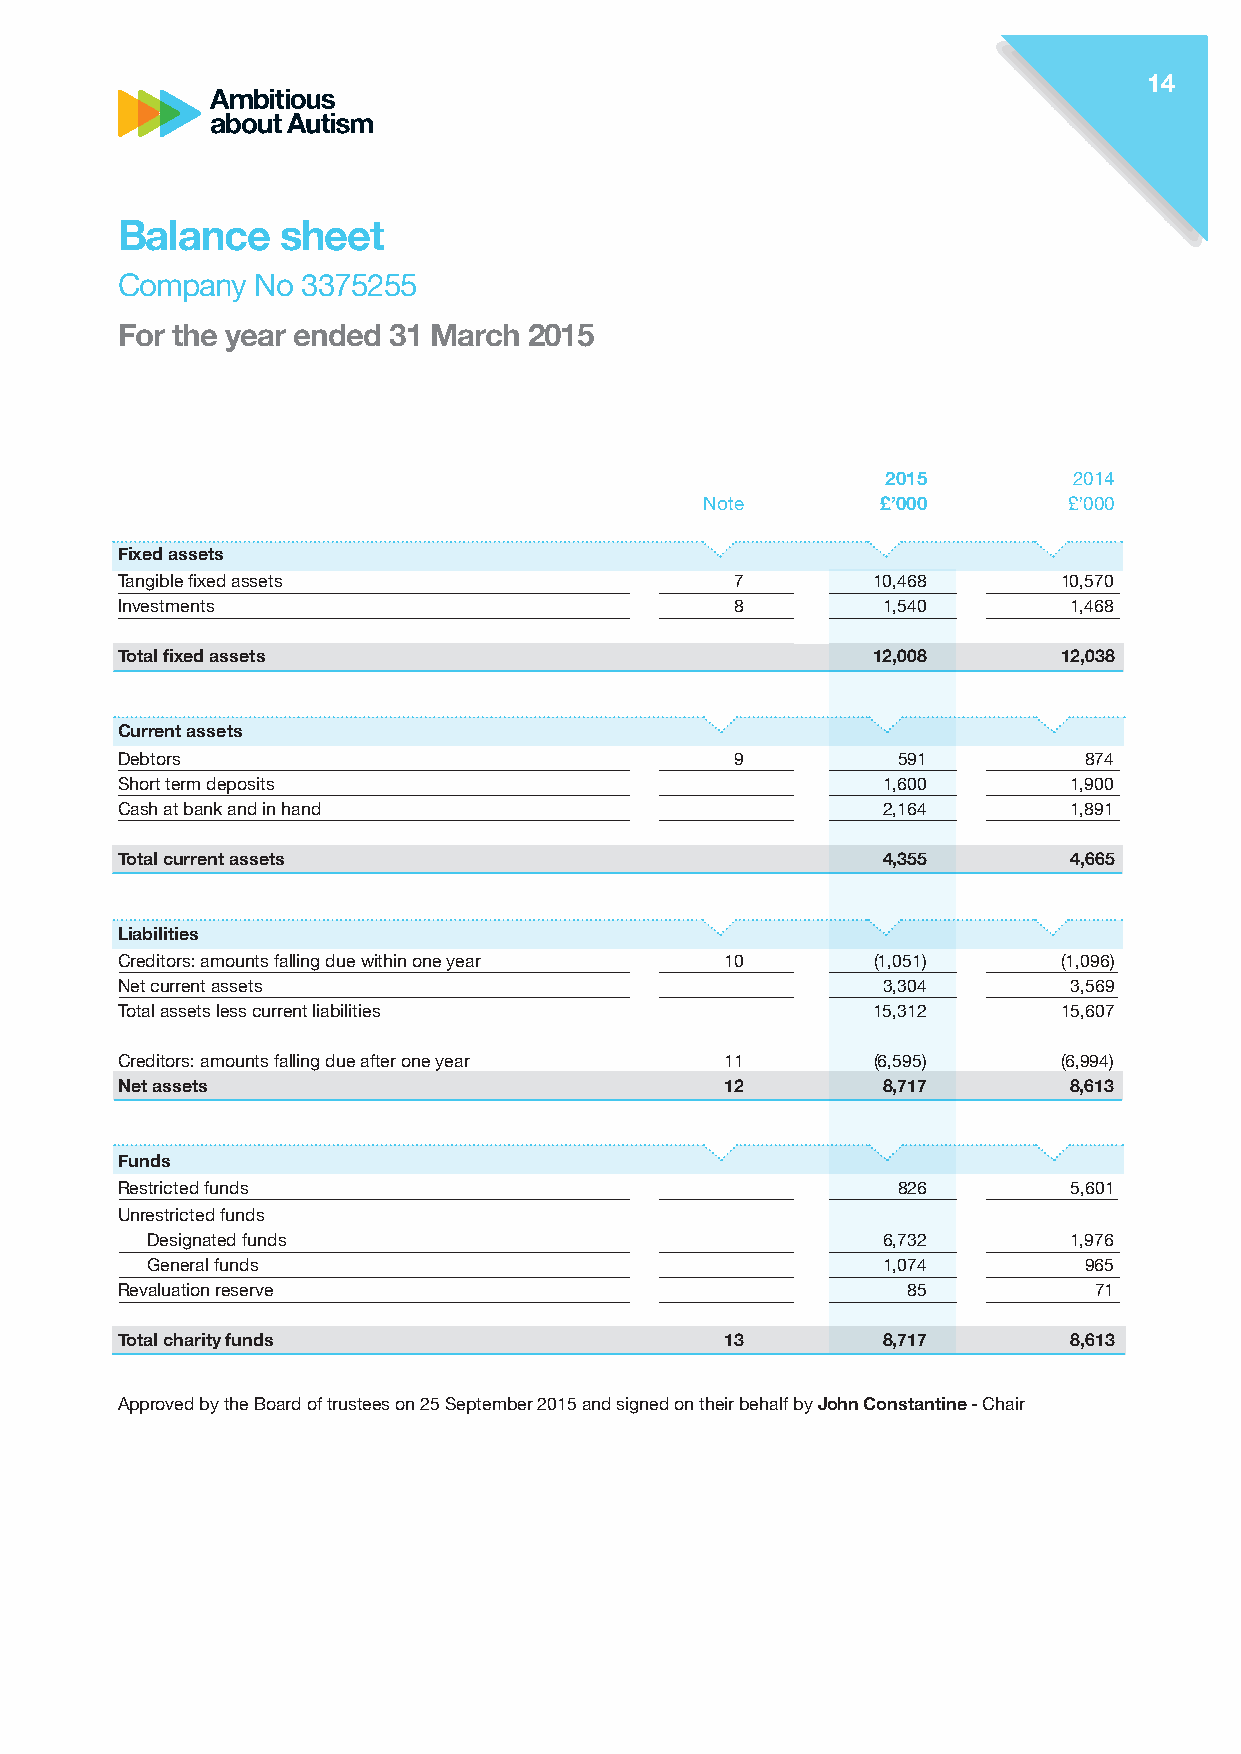
14
 Balance    sheet
 Company  No 3375255
 For the year ended 31 March 2015
 2015        2014
 Note       £’000        £’000
 Fixed assets
 Tangible fixed assets                    7        10,468      10,570
 Investments                              8        1,540        1,468
 Total fixed assets                                12,008      12,038
 Current assets
 Debtors                                  9         591          874
 Short term deposits                               1,600        1,900
 Cash at bank and in hand                          2,164        1,891
 Total current assets                              4,355        4,665
 Liabilities
 Creditors: amounts falling due within one year 10 (1,051)     (1,096)
 Net current assets                                3,304        3,569
 Total assets less current liabilities             15,312      15,607
 Creditors: amounts falling due after one year 11  (6,595)     (6,994)
 Net assets                              12        8,717        8,613
 Funds
 Restricted funds                                   826         5,601
 Unrestricted funds
 Designated funds                                6,732        1,976
 General funds                                   1,074         965
 Revaluation reserve                                 85          71
 Total charity funds                     13        8,717        8,613
 Approved by the Board of trustees on 25 September 2015 and signed on their behalf by John Constantine - Chair